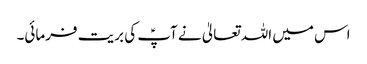
اس میں اللہ تعالیٰ نے آپؑ کی بریت فرمائی۔